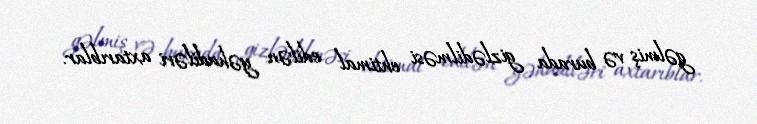
gəlmiş və burada gizlədilməsi ehtimal edilən yəhudiləri axtarıblar.